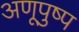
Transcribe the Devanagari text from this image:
अणूपुष्प